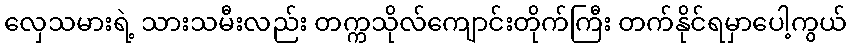
လှေသမားရဲ့ သားသမီးလည်း တက္ကသိုလ်ကျောင်းတိုက်ကြီး တက်နိုင်ရမှာပေါ့ကွယ်